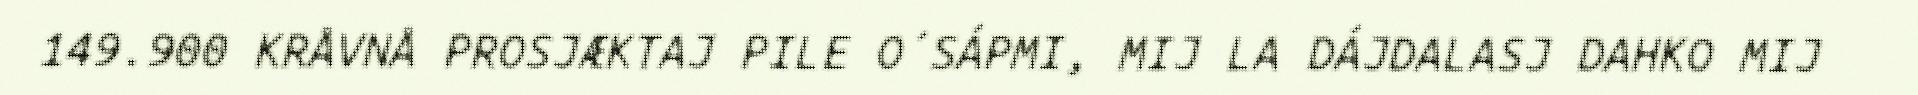
149.900 KRÅVNÅ PROSJÆKTAJ PILE O´SÁPMI, MIJ LA DÁJDALASJ DAHKO MIJ